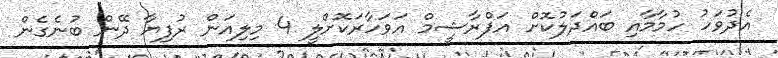
އެދުވަހު ހުމާމާއި ބައްދަލުކޮށް އަފްރާޝީމް އަވަހާރަކޮށްލީ 4 މިލިއަން ރުފިޔާ ދޭން ބުނެގެން